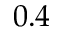
0 . 4